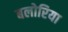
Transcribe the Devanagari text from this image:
बलोरिया